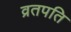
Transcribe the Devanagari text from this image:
व्रतपति